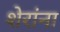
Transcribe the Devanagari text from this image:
शेरांना